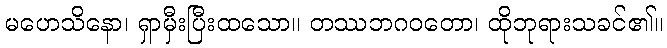
မဟေသိနော၊ ရှာမှီးပြီးထသော။ တဿဘဂဝတော၊ ထိုဘုရားသခင်၏။